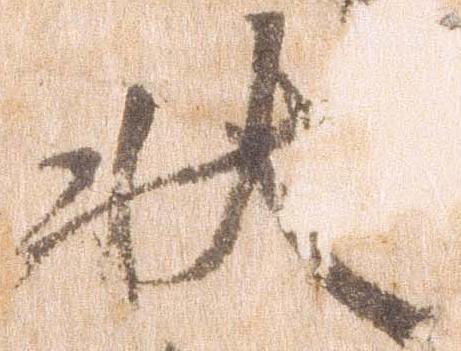
状